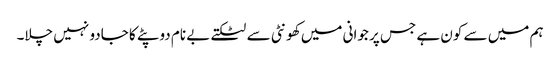
ہم میں سے کون ہے جس پر جوانی میں کھونٹی سے لٹکتے بے نام دوپٹے کا جادو نہیں چلا۔